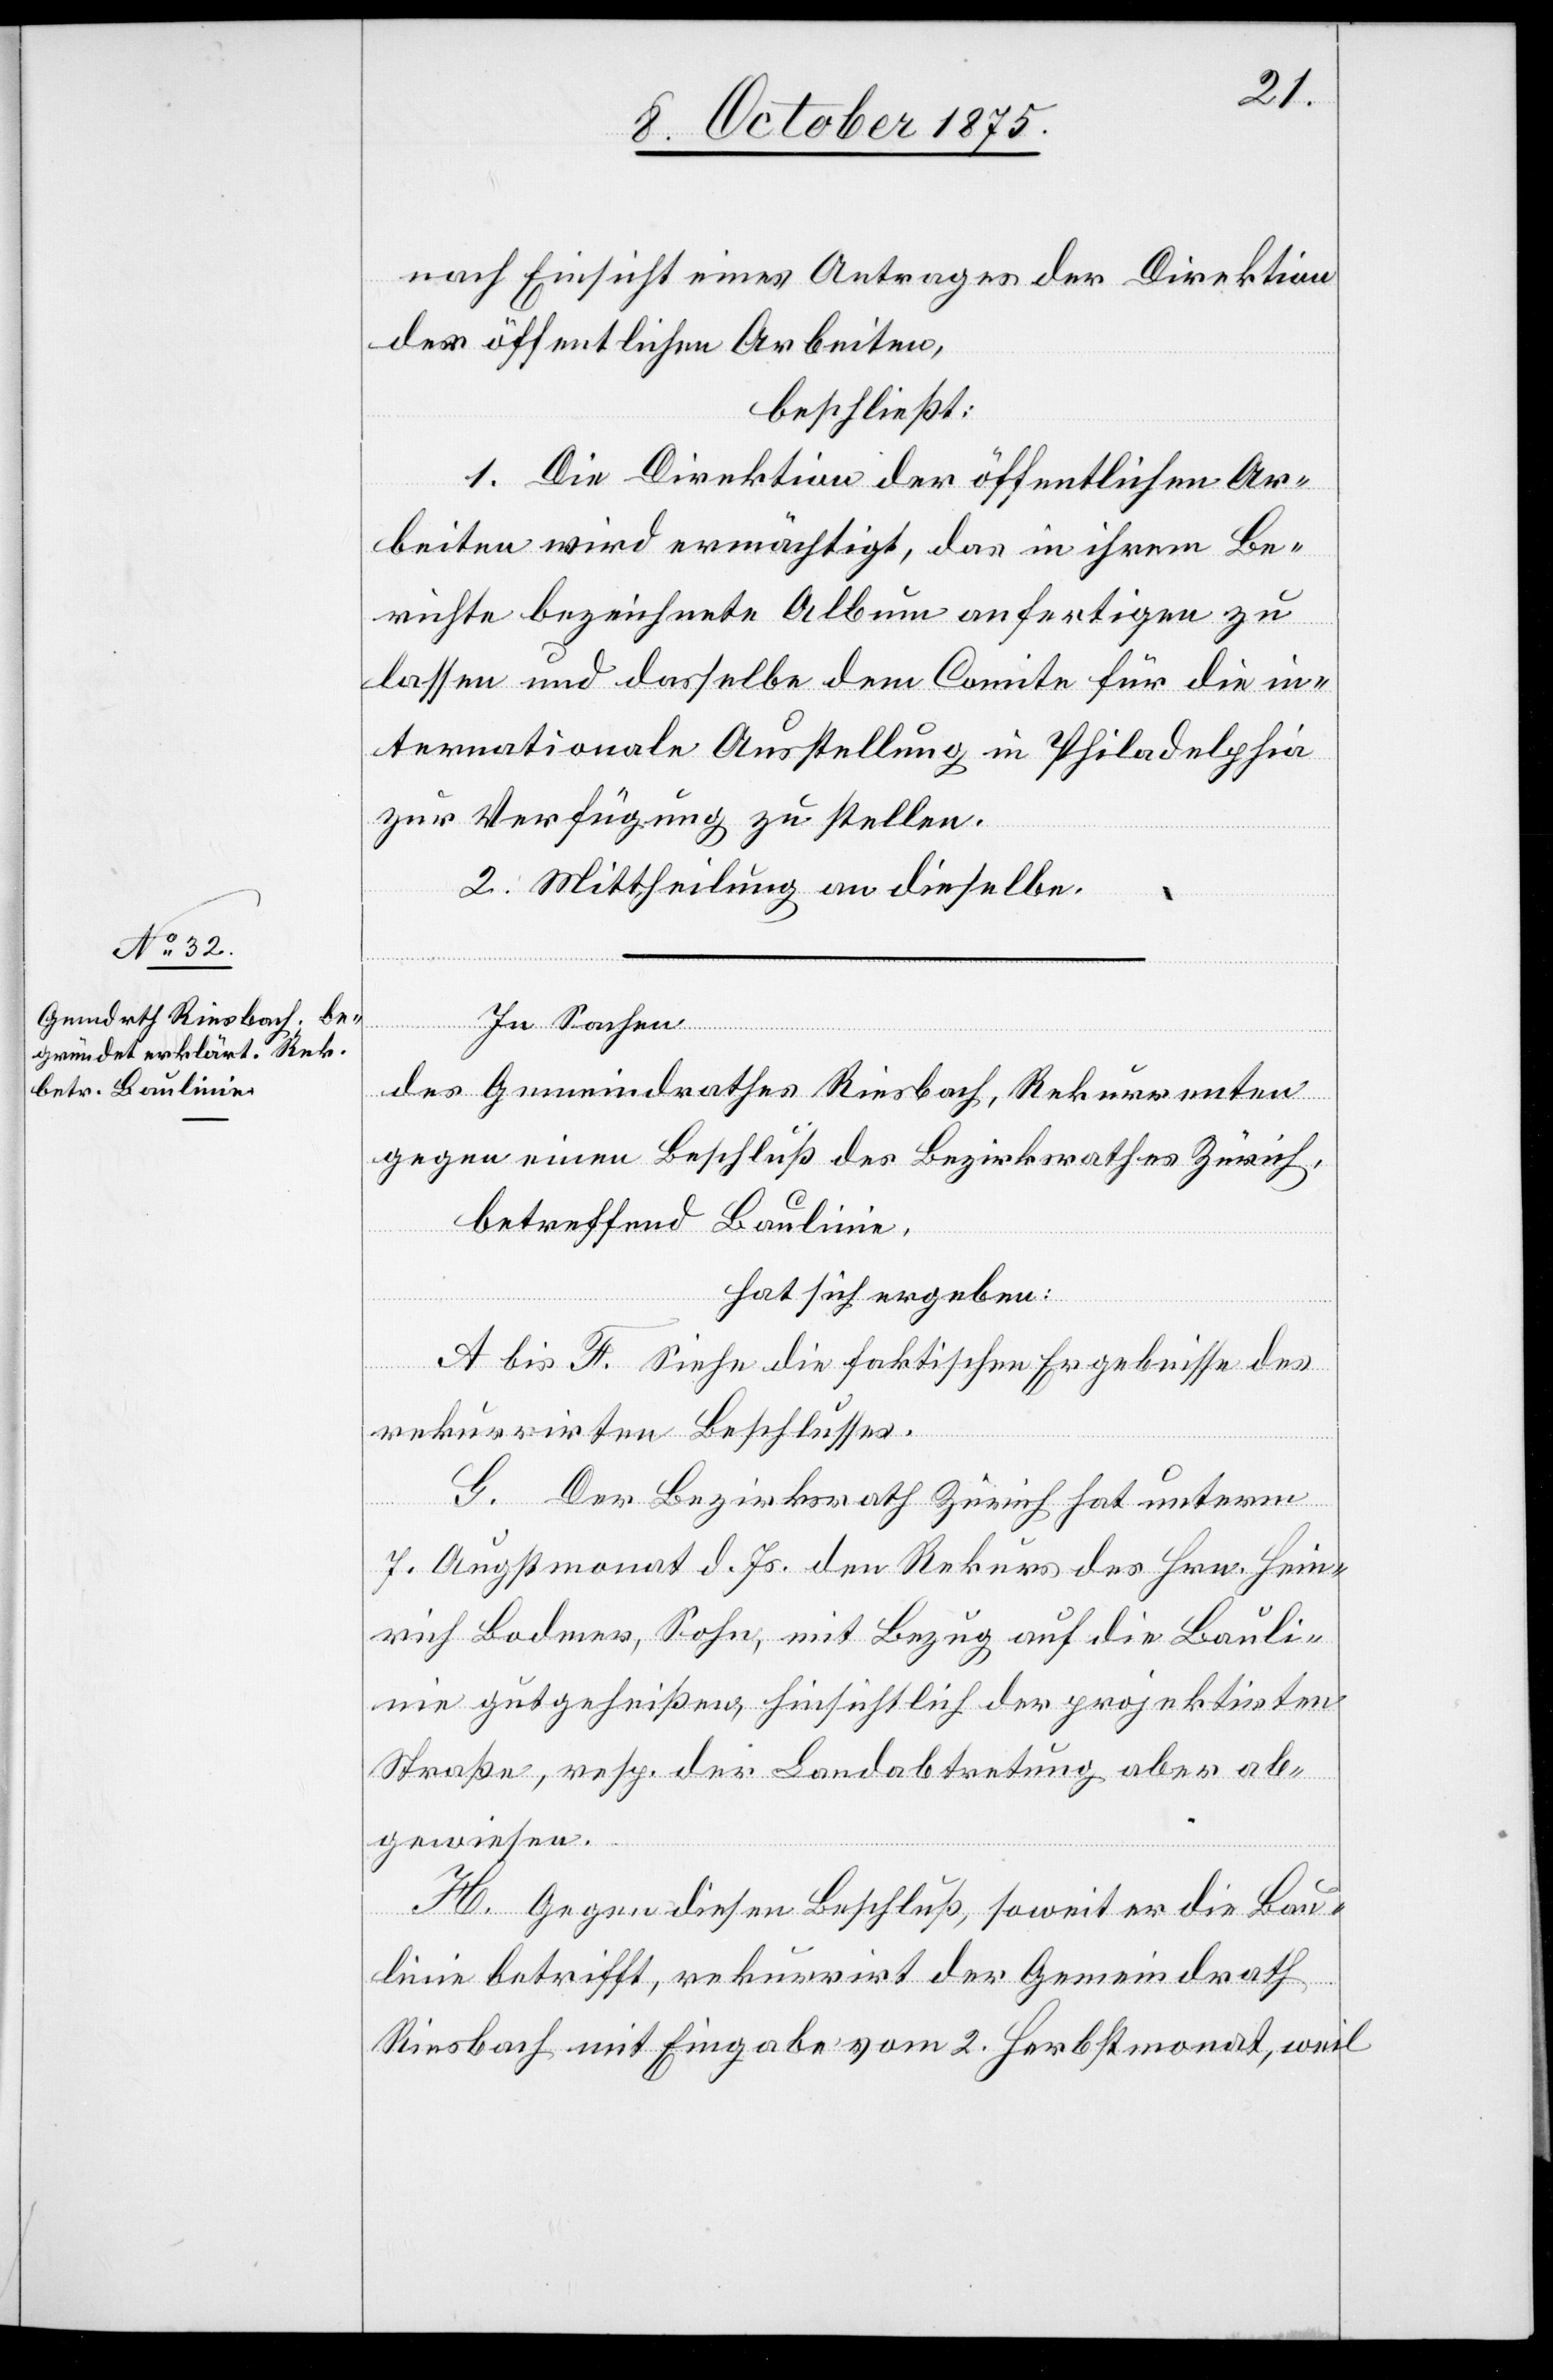
nach Einsicht eines Antrages der Direktion
der öffentlichen Arbeiten,
beschließt:
1. Die Direktion der öffentlichen Ar¬
beiten wird ermächtigt, das in ihrem Be¬
richte bezeichnete Album anfertigen zu
lassen und dasselbe dem Comite für die in¬
ternationale Ausstellung in Philadelphia
zur Verfügung zu stellen.
2. Mittheilung an dieselbe.
In Sachen
des Gemeindrathes Riesbach, Rekurrenten
gegen eine Beschluß des Bezirksrathes Zürich,
betreffend Baulinie,
hat sich ergeben:
A bis F. Siehe die faktischen Ergebnisse des
rekurrirten Beschlusses.
G. Der Bezirksrath Zürich hat unterm
7. Augstmonat d. Js. den Rekurs des Hrn. Hein¬
rich Bodmer, Sohn, mit Bezug auf die Bauli¬
nie gutgeheißen, hinsichtlich der projektirten
Straße, resp. der Landabtretung aber ab¬
gewiesen.
H. Gegen diesen Beschluß, soweit er die Bau¬
linie betrifft, rekurrirt der Gemeindrath
Riesbach mit Eingabe vom 2. Herbstmonat, weil